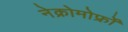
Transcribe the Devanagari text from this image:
नेक्रोमोर्फ्रों